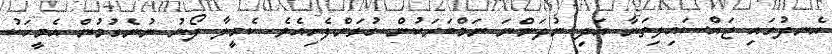
އެނދުގައި ޖައްސައިލިތަނާ އަދި ނުދަންނަ ނަމްބަރަކުން ގުޅަންފެށިއެވެ. ކެމީލާ ފޯނު ނުނެގުމުން އެމީހަކު